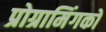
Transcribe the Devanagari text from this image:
प्रोग्रामिंगको